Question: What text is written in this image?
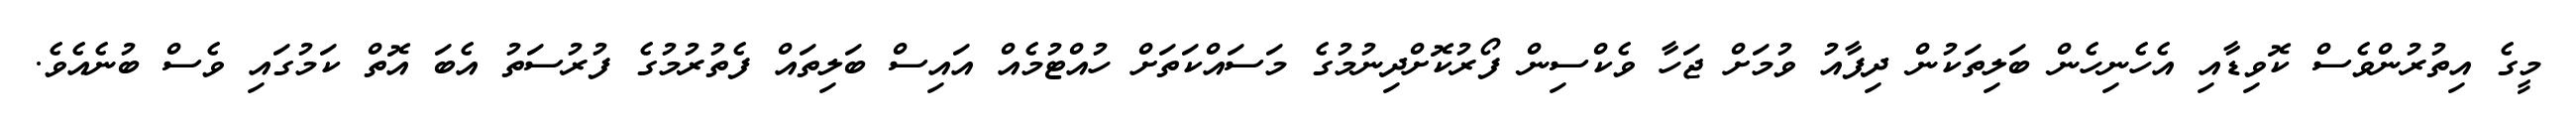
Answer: މީގެ އިތުރުންވެސް ކޮވިޑާއި އެހެނިހެން ބަލިތަކުން ދިފާއު ވުމަށް ޖަހާ ވެކްސިން ފޯރުކޮށްދިނުމުގެ މަސައްކަތަށް ހުއްޓުމެއް އައިސް ބަލިތައް ފެތުރުމުގެ ފުރުސަތު އެބަ އޮތް ކަމުގައި ވެސް ބުނެއެވެ.